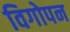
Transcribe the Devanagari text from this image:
विगोपन